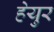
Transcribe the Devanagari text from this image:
हेयुर